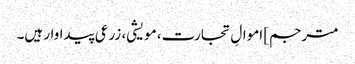
مترجم] اموالِ تجارت، مویشی، زرعی پیداوار ہیں۔